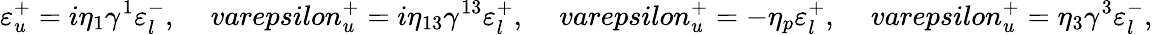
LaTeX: \varepsilon_{u}^{+}=i\eta_{1}\gamma^{1}\varepsilon_{l}^{-},\ \ \ \ \, varepsilon_{u}^{+}=i\eta_{13}\gamma^{13}\varepsilon_{l}^{+},\ \ \ \ \, varepsilon_{u}^{+}=-\eta_{p}\varepsilon_{l}^{+},\ \ \ \ \, varepsilon_{u}^{+}=\eta_{3}\gamma^{3}\varepsilon_{l}^{-},